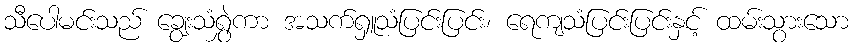
သီပေါမင်းသည် ချွေးသံရွှဲကာ အသက်ရှူသံပြင်းပြင်း၊ ရေကျသံပြင်းပြင်းနှင့် ထမ်းသွားသော